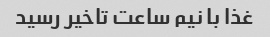
غذا با نیم ساعت تاخیر رسید